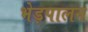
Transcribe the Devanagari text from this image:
भेड़पालन